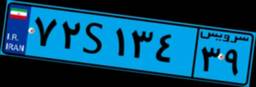
۹۳S۵۶۷۵۵